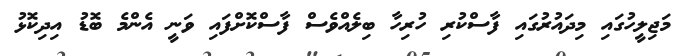
މަޖިލީހުގައި މިދައުރުގައި ފާސްކުރި ހުރިހާ ބިލެއްވެސް ފާސްކޮށްފައި ވަނީ އެންމެ ބޮޑު އިދިކޮޅު